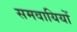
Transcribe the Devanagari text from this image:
समवायियों